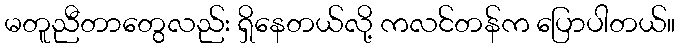
မတူညီတာတွေလည်း ရှိနေတယ်လို့ ကလင်တန်က ပြောပါတယ်။